Annual report of the Punjab Veterinary College and of the Civil Veterinary Department, Punjab - 1920-1925
Year: 1920
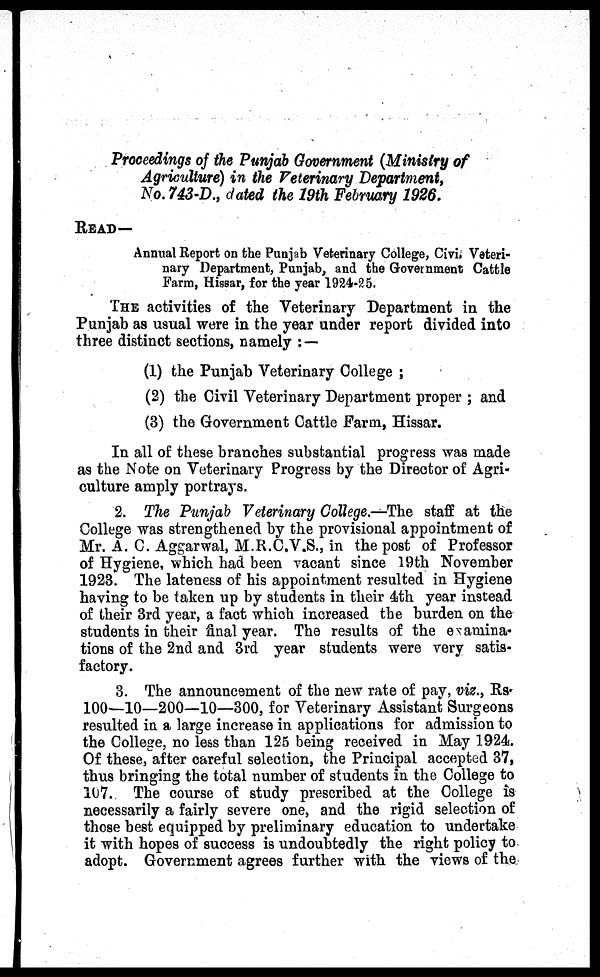
Proceedings of the Punjab Government (Ministry of
Agriculture) in the Veterinary Department,
No. 743-D., dated the 19th February 1926.
READ—
Annual Report on the Punjab Veterinary College, Civi, Veteri-
nary Department, Punjab, and the Government Cattle
Farm, Hissar, for the year 1924-25.
THE activities of the Veterinary Department in the
Punjab as usual were in the year under report divided into
three distinct sections, namely:—
(1) the Punjab Veterinary College;
(2) the Civil Veterinary Department proper; and
(3) the Government Cattle Farm, Hissar.
In all of these branches substantial progress was made
as the Note on Veterinary Progress by the Director of Agri-
culture amply portrays.
2. The Punjab Veterinary College.—The staff at the
College was strengthened by the provisional appointment of
Mr. A. C. Aggarwal, M.R.C.V.S., in the post of Professor
of Hygiene, which had been vacant since 19th November
1923. The lateness of his appointment resulted in Hygiene
having to be taken up by students in their 4th year instead
of their 3rd year, a fact which increased the burden on the
students in their final year. The results of the examina-
tions of the 2nd and 3rd year students were very satis-
factory.
3. The announcement of the new rate of pay, viz., Rs.
100—10—200—10—300, for Veterinary Assistant Surgeons
resulted in a large increase in applications for admission to
the College, no less than 125 being received in May 1924.
Of these, after careful selection, the Principal accepted 37,
thus bringing the total number of students in the College to
107. The course of study prescribed at the College is
necessarily a fairly severe one, and the rigid selection of
those best equipped by preliminary education to undertake
it with hopes of success is undoubtedly the right policy to
adopt. Government agrees further with the views of the